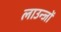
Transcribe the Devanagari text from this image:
लाउन्जों